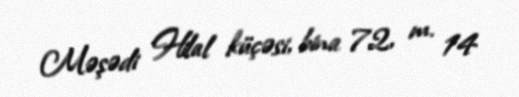
Məşədi Hilal küçəsi, bina 72, m. 14